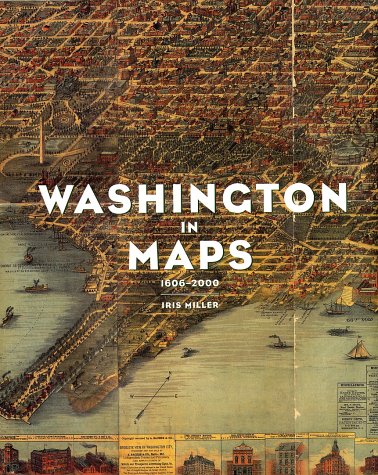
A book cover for Washington in Maps; Iris Miller; Science & Math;